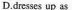
D.dresses up as